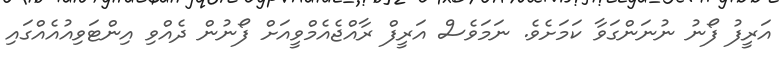
އަރީފު ފޯނު ނުނަންގަވާ ކަމަށެވެ. ނަމަވެސް އަރީފް ރާއްޖެއެމްވީއަށް ފޯނުން ދެއްވި އިންޓަވިއުއެއްގައި